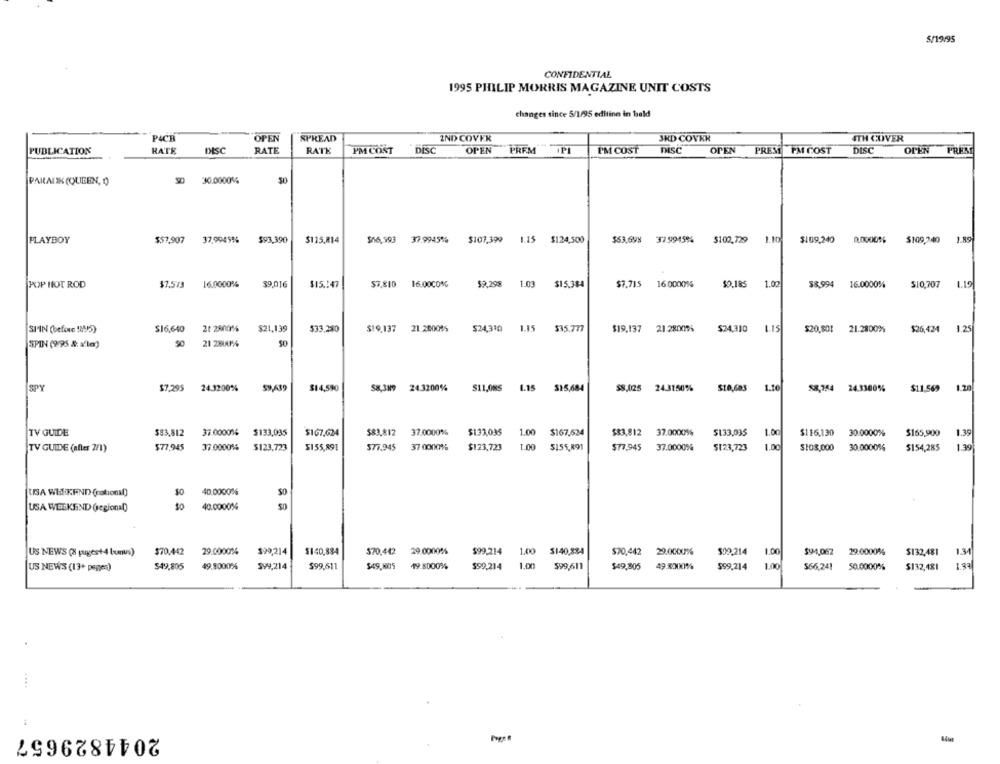
5/19/95
CONFIDENTIAL
1995 PHILIP MORRIS MAGAZINE UNIT COSTS
changes since 5/1/95 editing in bald
PACH
OPEN
SPREAD
2ND COVER
JHD COVER
ITH COVER
PUBLICATION
RATE
DESC
RATE
RATE
PM CONT
DISC
OPEN
PREM
PM COST
DISC
OPEN
PREM PM COST
DISC
OPEN
PRES
PARALIK (QUEEN, O
30.0000%
1.89
PLAYBOY
$57,907
37,99495%
$93,390
$115,814
$66,593
37.9945%
$107,399
1.15
$124,500
$63,699
37.9945%
$102,729
$109,240
0.0000%
$109,240
16.0000%
$9,298
1.03
16.0000%
50.185
1.19
POP HOT ROD
$7.573
16.0000%
$9,016
$15.147
$7.810
$15.384
$7.715
1.00
$8.994
16.0000%
$10,707
SIIN (before !24/5)
$16,640
21 2600%
$21,139
$33.230
$19.137
21.20005%
$24,330
1.15
$35.777
$19,137
21.28009%
$24,310
$20,801
21.2800%
$26,424
125
SPIN (9:95 & ale)
21 2800%
SPY
$7.295
24.3200%
$14,590
24.3200%
$11,085
1.15
$15,684
$8,1225
24.3150%
$10,683
1.10
58,754
24.3300%
$11,569
TV GUIDE
$83,812
37.0000% $133,095
$167.624
$83,812
37.0000%
$133,035
1.00
$167,524
$83,812
37.0000%
$133,035
1.00
$116.130
30.0000%
$165,900
1.39
TV GUIDE (after 2/1)
$77,945
37.0000%
$123.723
$155,891
577.945
37 0000%
$123,723
1.00
5155,891
$77,945
37.0000%
$123,723
1.00
$103,000
30.0000%
$154,285
130
USA WEEKEND (national)
$0
40.0000%
50
USA WIELKIEND (regional)
40.0000%
$70.442
29.0000%
$90,214
$140,884
$70,442
29.0000%
$99,214
$70,442
29.0000%
$99,214
1.00
$94,062
29.0000%
1.34
US NEWS (8 pugest-4 bunus)
1.00 $140,834
$132,481
$49,805
49.9000%
SY9,214
$99,611
$49.105
19.8000%
$99,214
1.00
599,611
$49,905
49 .8000%
$99,214
1.00
$66,241
50.0000%
$132,481
1.83
US NEWS (13+ pages)
2044829657